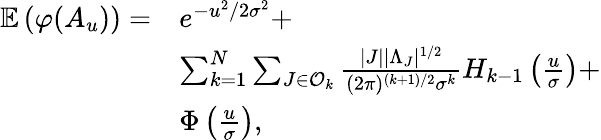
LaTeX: \begin{array}{rl}{\mathbb{E}\left(\varphi(A_{u})\right)=}&{e^{-{u^{2}/2\sigma^{2}}}+}\\ &{\sum_{k=1}^{N}\sum_{J\in\mathcal{O}_{k}}\frac{|J||\Lambda_{J}|^{1/2}}{(2\pi)^{(k+1)/2}\sigma^{k}}H_{k-1}\left(\frac{u}{\sigma}\right)+}\\ &{\Phi\left(\frac{u}{\sigma}\right),}\end{array}